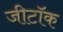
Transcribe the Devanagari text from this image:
जीटॉक